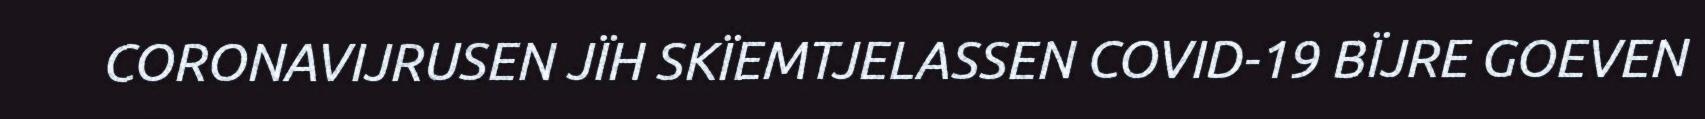
CORONAVIJRUSEN JÏH SKÏEMTJELASSEN COVID-19 BÏJRE GOEVEN